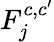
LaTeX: F_{j}^{c,c^{\prime}}